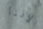
لاننا